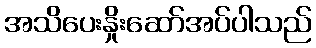
အသိပေးနှိုးဆော်အပ်ပါသည်